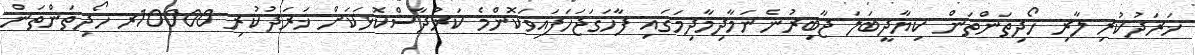
ޚަރަދުކުރި ލާރި ހޯދިތަންތަން ކިޔާދީބަލަ ޖާބިރުނެނަމާދިމާދިމަގައި ފާހަގަޖަހަފައިވަކޮންމެ ކަރުދާސްކޮޅަކަށް ޚަރަދުކުރި 10000ރ ހޯދިތަންތަން